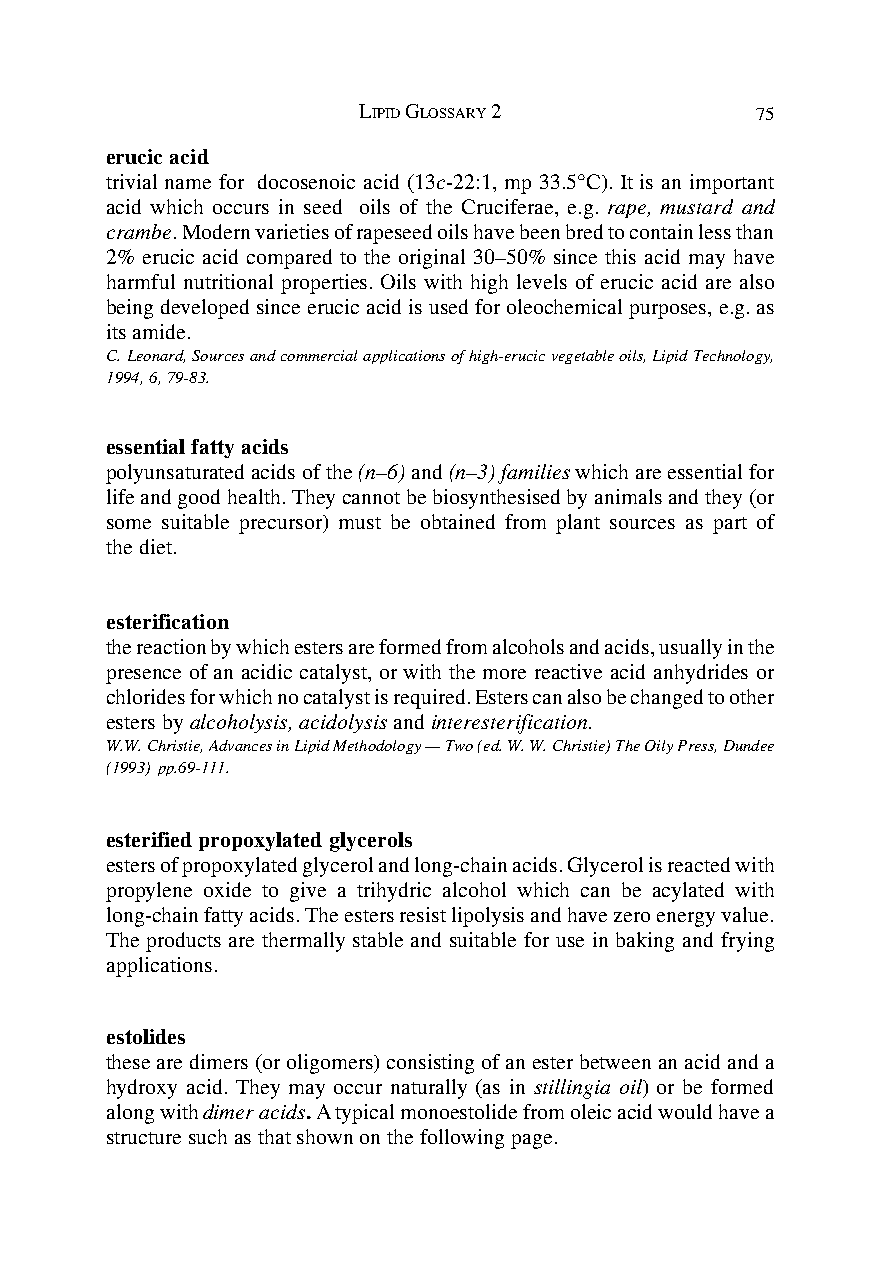
LIPID GLOSSARY 2          75
 erucic acid
 trivial name for docosenoic acid (13c-22:1, mp 33.5°C). It is an important
 acid which occurs in seed oils of the Cruciferae, e.g. rape, mustard and
 crambe. Modern varieties of rapeseed oils have been bred to contain less than
 2% erucic acid compared to the original 30–50% since this acid may have
 harmful nutritional properties. Oils with high levels of erucic acid are also
 being developed since erucic acid is used for oleochemical purposes, e.g. as
 its amide.
 C. Leonard, Sources and commercial applications of high-erucic vegetable oils, Lipid Technology,
 1994, 6, 79-83.
 essential fatty acids
 polyunsaturated acids of the (n–6) and (n–3) families which are essential for
 life and good health. They cannot be biosynthesised by animals and they (or
 some suitable precursor) must be obtained from plant sources as part of
 the diet.
 esterification
 the reaction by which esters are formed from alcohols and acids, usually in the
 presence of an acidic catalyst, or with the more reactive acid anhydrides or
 chlorides for which no catalyst is required. Esters can also be changed to other
 esters by alcoholysis, acidolysis and interesterification.
 W.W. Christie, Advances in Lipid Methodology — Two (ed. W. W. Christie) The Oily Press, Dundee
 (1993) pp.69-111.
 esterified propoxylated glycerols
 esters of propoxylated glycerol and long-chain acids. Glycerol is reacted with
 propylene oxide to give a trihydric alcohol which can be acylated with
 long-chain fatty acids. The esters resist lipolysis and have zero energy value.
 The products are thermally stable and suitable for use in baking and frying
 applications.
 estolides
 these are dimers (or oligomers) consisting of an ester between an acid and a
 hydroxy acid. They may occur naturally (as in stillingia oil) or be formed
 along with dimer acids. A typical monoestolide from oleic acid would have a
 structure such as that shown on the following page.